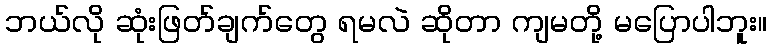
ဘယ်လို ဆုံးဖြတ်ချက်တွေ ရမလဲ ဆိုတာ ကျမတို့ မပြောပါဘူး။